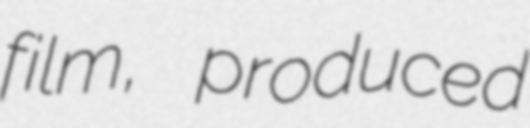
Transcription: film, produced